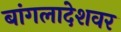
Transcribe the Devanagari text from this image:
बांगलादेशवर